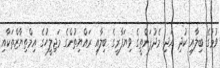
ވުމުގެ ބިލާއި ކުދި އަދި މެދުފަންތީގެ ވިޔަފާރީގެ ބިލާއި ރައްޔިތުންގެ މަޖިލީހުގެ އިމްތިޔާޒްތަކާއި